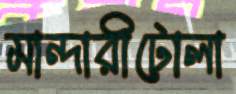
মান্দারীটোলা